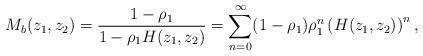
LaTeX: \begin{align*}M_b(z_1,z_2)=\frac {1-\rho_1} {1-\rho_1 H(z_1,z_2)}=\sum_{n=0}^{\infty} (1-\rho_1) \rho_1^{n} \left(H(z_1,z_2)\right)^n, \end{align*}